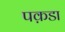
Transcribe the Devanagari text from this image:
पक़डा